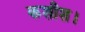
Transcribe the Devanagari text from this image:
कशीश।